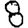
Digit: 8